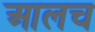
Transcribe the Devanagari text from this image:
आलच